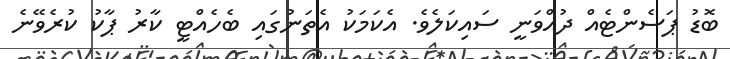
ބޮޑު ޕަސެންޓެއް ދުއްވަނީ ސައިކަލެވެ. އެކަމަކު އެތަނުގައި ބެހެއްޓީ ކާރު ޕާކު ކުރެވޭނެ